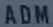
ADM